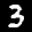
Label: 3